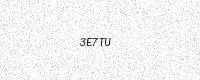
Text: 3E7TU